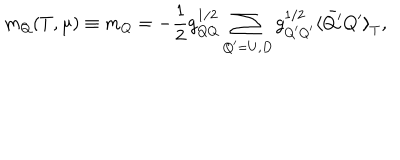
m _ { Q } ( T , \mu ) \equiv m _ { Q } = - \frac { 1 } { 2 } g _ { Q Q } ^ { 1 / 2 } \sum _ { Q ^ { \prime } = U , D } g _ { Q ^ { \prime } Q ^ { \prime } } ^ { 1 / 2 } { \langle \bar { Q ^ { \prime } } Q ^ { \prime } \rangle } _ { T } ,